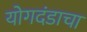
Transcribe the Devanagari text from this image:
योगदंडाचा